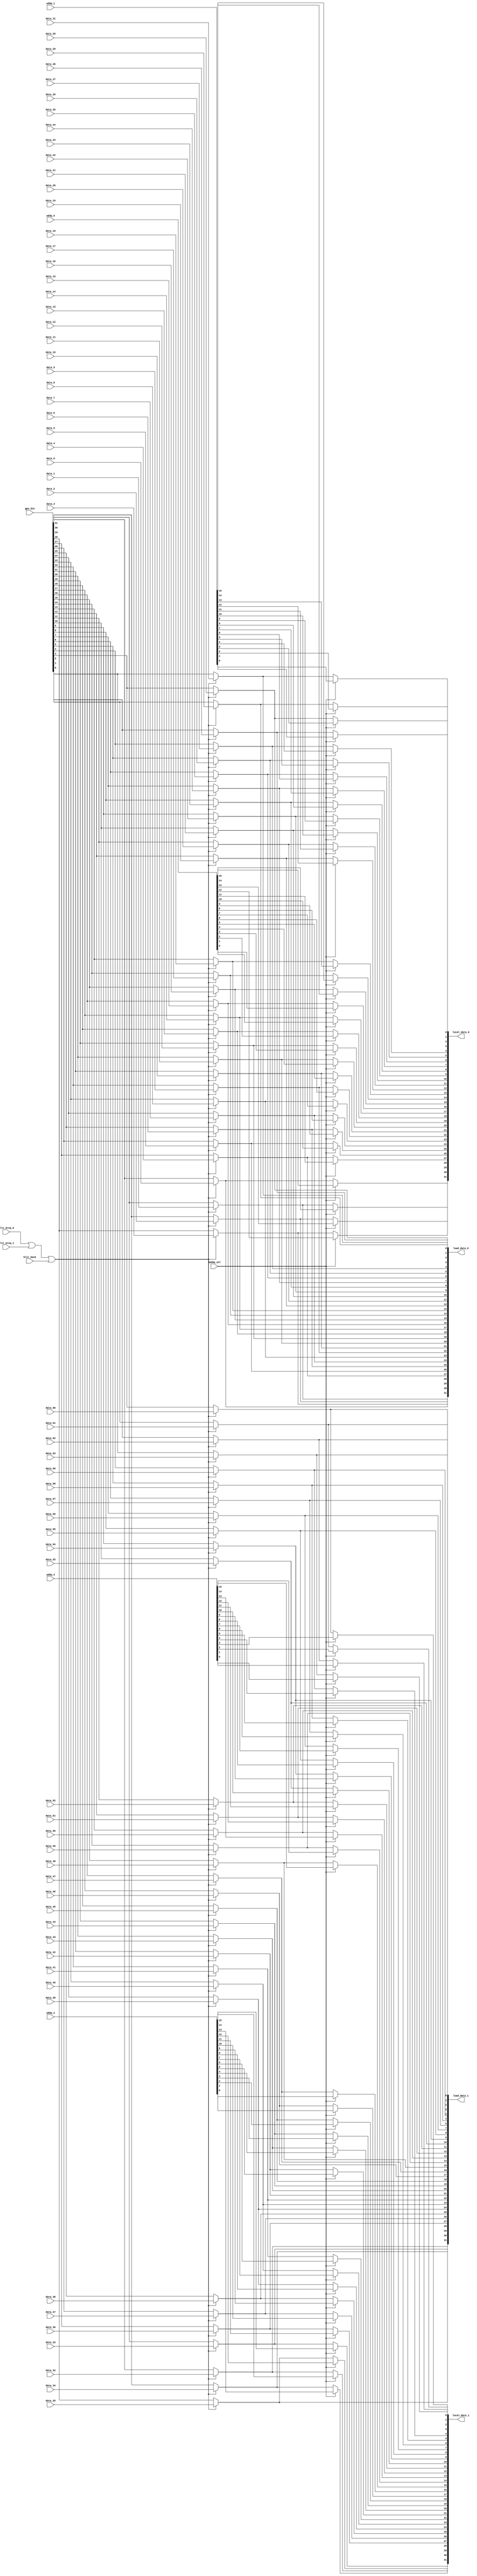
module local_mux
(
	output [0:31] local_data_0,
	output [0:31] local_data_1,
	output [0:31] load_data_0,
	output [0:31] load_data_1,
	input [0:15] addq_0,
	input [0:15] addq_1,
	input [0:15] addq_2,
	input [0:15] addq_3,
	input [0:31] gpu_din,
	input data_0,
	input data_1,
	input data_2,
	input data_3,
	input data_4,
	input data_5,
	input data_6,
	input data_7,
	input data_8,
	input data_9,
	input data_10,
	input data_11,
	input data_12,
	input data_13,
	input data_14,
	input data_15,
	input data_16,
	input data_17,
	input data_18,
	input data_19,
	input data_20,
	input data_21,
	input data_22,
	input data_23,
	input data_24,
	input data_25,
	input data_26,
	input data_27,
	input data_28,
	input data_29,
	input data_30,
	input data_31,
	input data_32,
	input data_33,
	input data_34,
	input data_35,
	input data_36,
	input data_37,
	input data_38,
	input data_39,
	input data_40,
	input data_41,
	input data_42,
	input data_43,
	input data_44,
	input data_45,
	input data_46,
	input data_47,
	input data_48,
	input data_49,
	input data_50,
	input data_51,
	input data_52,
	input data_53,
	input data_54,
	input data_55,
	input data_56,
	input data_57,
	input data_58,
	input data_59,
	input data_60,
	input data_61,
	input data_62,
	input data_63,
	input blit_back,
	input blit_breq_0,
	input blit_breq_1,
	input daddq_sel
);
wire [0:31] addqlo32;
wire [0:31] addqhi32;
wire [0:31] r_data_0;
wire [0:31] r_data_1;
wire blit_active;
wire blit_backb;
wire daddq_selb_0;
wire daddq_selb_1;

// Output buffers
wire load_data_0_b0_obuf;
wire load_data_0_b1_obuf;
wire load_data_0_b2_obuf;
wire load_data_0_b3_obuf;
wire load_data_0_b4_obuf;
wire load_data_0_b5_obuf;
wire load_data_0_b6_obuf;
wire load_data_0_b7_obuf;
wire load_data_0_b8_obuf;
wire load_data_0_b9_obuf;
wire load_data_0_b10_obuf;
wire load_data_0_b11_obuf;
wire load_data_0_b12_obuf;
wire load_data_0_b13_obuf;
wire load_data_0_b14_obuf;
wire load_data_0_b15_obuf;
wire load_data_0_b16_obuf;
wire load_data_0_b17_obuf;
wire load_data_0_b18_obuf;
wire load_data_0_b19_obuf;
wire load_data_0_b20_obuf;
wire load_data_0_b21_obuf;
wire load_data_0_b22_obuf;
wire load_data_0_b23_obuf;
wire load_data_0_b24_obuf;
wire load_data_0_b25_obuf;
wire load_data_0_b26_obuf;
wire load_data_0_b27_obuf;
wire load_data_0_b28_obuf;
wire load_data_0_b29_obuf;
wire load_data_0_b30_obuf;
wire load_data_0_b31_obuf;
wire load_data_1_b0_obuf;
wire load_data_1_b1_obuf;
wire load_data_1_b2_obuf;
wire load_data_1_b3_obuf;
wire load_data_1_b4_obuf;
wire load_data_1_b5_obuf;
wire load_data_1_b6_obuf;
wire load_data_1_b7_obuf;
wire load_data_1_b8_obuf;
wire load_data_1_b9_obuf;
wire load_data_1_b10_obuf;
wire load_data_1_b11_obuf;
wire load_data_1_b12_obuf;
wire load_data_1_b13_obuf;
wire load_data_1_b14_obuf;
wire load_data_1_b15_obuf;
wire load_data_1_b16_obuf;
wire load_data_1_b17_obuf;
wire load_data_1_b18_obuf;
wire load_data_1_b19_obuf;
wire load_data_1_b20_obuf;
wire load_data_1_b21_obuf;
wire load_data_1_b22_obuf;
wire load_data_1_b23_obuf;
wire load_data_1_b24_obuf;
wire load_data_1_b25_obuf;
wire load_data_1_b26_obuf;
wire load_data_1_b27_obuf;
wire load_data_1_b28_obuf;
wire load_data_1_b29_obuf;
wire load_data_1_b30_obuf;
wire load_data_1_b31_obuf;


// Output buffers
assign load_data_0[0] = load_data_0_b0_obuf;
assign load_data_0[1] = load_data_0_b1_obuf;
assign load_data_0[2] = load_data_0_b2_obuf;
assign load_data_0[3] = load_data_0_b3_obuf;
assign load_data_0[4] = load_data_0_b4_obuf;
assign load_data_0[5] = load_data_0_b5_obuf;
assign load_data_0[6] = load_data_0_b6_obuf;
assign load_data_0[7] = load_data_0_b7_obuf;
assign load_data_0[8] = load_data_0_b8_obuf;
assign load_data_0[9] = load_data_0_b9_obuf;
assign load_data_0[10] = load_data_0_b10_obuf;
assign load_data_0[11] = load_data_0_b11_obuf;
assign load_data_0[12] = load_data_0_b12_obuf;
assign load_data_0[13] = load_data_0_b13_obuf;
assign load_data_0[14] = load_data_0_b14_obuf;
assign load_data_0[15] = load_data_0_b15_obuf;
assign load_data_0[16] = load_data_0_b16_obuf;
assign load_data_0[17] = load_data_0_b17_obuf;
assign load_data_0[18] = load_data_0_b18_obuf;
assign load_data_0[19] = load_data_0_b19_obuf;
assign load_data_0[20] = load_data_0_b20_obuf;
assign load_data_0[21] = load_data_0_b21_obuf;
assign load_data_0[22] = load_data_0_b22_obuf;
assign load_data_0[23] = load_data_0_b23_obuf;
assign load_data_0[24] = load_data_0_b24_obuf;
assign load_data_0[25] = load_data_0_b25_obuf;
assign load_data_0[26] = load_data_0_b26_obuf;
assign load_data_0[27] = load_data_0_b27_obuf;
assign load_data_0[28] = load_data_0_b28_obuf;
assign load_data_0[29] = load_data_0_b29_obuf;
assign load_data_0[30] = load_data_0_b30_obuf;
assign load_data_0[31] = load_data_0_b31_obuf;
assign load_data_1[0] = load_data_1_b0_obuf;
assign load_data_1[1] = load_data_1_b1_obuf;
assign load_data_1[2] = load_data_1_b2_obuf;
assign load_data_1[3] = load_data_1_b3_obuf;
assign load_data_1[4] = load_data_1_b4_obuf;
assign load_data_1[5] = load_data_1_b5_obuf;
assign load_data_1[6] = load_data_1_b6_obuf;
assign load_data_1[7] = load_data_1_b7_obuf;
assign load_data_1[8] = load_data_1_b8_obuf;
assign load_data_1[9] = load_data_1_b9_obuf;
assign load_data_1[10] = load_data_1_b10_obuf;
assign load_data_1[11] = load_data_1_b11_obuf;
assign load_data_1[12] = load_data_1_b12_obuf;
assign load_data_1[13] = load_data_1_b13_obuf;
assign load_data_1[14] = load_data_1_b14_obuf;
assign load_data_1[15] = load_data_1_b15_obuf;
assign load_data_1[16] = load_data_1_b16_obuf;
assign load_data_1[17] = load_data_1_b17_obuf;
assign load_data_1[18] = load_data_1_b18_obuf;
assign load_data_1[19] = load_data_1_b19_obuf;
assign load_data_1[20] = load_data_1_b20_obuf;
assign load_data_1[21] = load_data_1_b21_obuf;
assign load_data_1[22] = load_data_1_b22_obuf;
assign load_data_1[23] = load_data_1_b23_obuf;
assign load_data_1[24] = load_data_1_b24_obuf;
assign load_data_1[25] = load_data_1_b25_obuf;
assign load_data_1[26] = load_data_1_b26_obuf;
assign load_data_1[27] = load_data_1_b27_obuf;
assign load_data_1[28] = load_data_1_b28_obuf;
assign load_data_1[29] = load_data_1_b29_obuf;
assign load_data_1[30] = load_data_1_b30_obuf;
assign load_data_1[31] = load_data_1_b31_obuf;


// DATAMUX.NET (123) - blit_active : or3p
assign blit_active = blit_breq_0 | blit_breq_1 | blit_back;

// DATAMUX.NET (124) - blit_backb : nivu2
assign blit_backb = blit_active;

// DATAMUX.NET (126) - r_data[0] : join
assign r_data_0[0] = data_0;
assign r_data_0[1] = data_1;
assign r_data_0[2] = data_2;
assign r_data_0[3] = data_3;
assign r_data_0[4] = data_4;
assign r_data_0[5] = data_5;
assign r_data_0[6] = data_6;
assign r_data_0[7] = data_7;
assign r_data_0[8] = data_8;
assign r_data_0[9] = data_9;
assign r_data_0[10] = data_10;
assign r_data_0[11] = data_11;
assign r_data_0[12] = data_12;
assign r_data_0[13] = data_13;
assign r_data_0[14] = data_14;
assign r_data_0[15] = data_15;
assign r_data_0[16] = data_16;
assign r_data_0[17] = data_17;
assign r_data_0[18] = data_18;
assign r_data_0[19] = data_19;
assign r_data_0[20] = data_20;
assign r_data_0[21] = data_21;
assign r_data_0[22] = data_22;
assign r_data_0[23] = data_23;
assign r_data_0[24] = data_24;
assign r_data_0[25] = data_25;
assign r_data_0[26] = data_26;
assign r_data_0[27] = data_27;
assign r_data_0[28] = data_28;
assign r_data_0[29] = data_29;
assign r_data_0[30] = data_30;
assign r_data_0[31] = data_31;

// DATAMUX.NET (127) - r_data[1] : join
assign r_data_1[0] = data_32;
assign r_data_1[1] = data_33;
assign r_data_1[2] = data_34;
assign r_data_1[3] = data_35;
assign r_data_1[4] = data_36;
assign r_data_1[5] = data_37;
assign r_data_1[6] = data_38;
assign r_data_1[7] = data_39;
assign r_data_1[8] = data_40;
assign r_data_1[9] = data_41;
assign r_data_1[10] = data_42;
assign r_data_1[11] = data_43;
assign r_data_1[12] = data_44;
assign r_data_1[13] = data_45;
assign r_data_1[14] = data_46;
assign r_data_1[15] = data_47;
assign r_data_1[16] = data_48;
assign r_data_1[17] = data_49;
assign r_data_1[18] = data_50;
assign r_data_1[19] = data_51;
assign r_data_1[20] = data_52;
assign r_data_1[21] = data_53;
assign r_data_1[22] = data_54;
assign r_data_1[23] = data_55;
assign r_data_1[24] = data_56;
assign r_data_1[25] = data_57;
assign r_data_1[26] = data_58;
assign r_data_1[27] = data_59;
assign r_data_1[28] = data_60;
assign r_data_1[29] = data_61;
assign r_data_1[30] = data_62;
assign r_data_1[31] = data_63;

// DATAMUX.NET (129) - addqlo32 : join
assign addqlo32[0] = addq_0[0];
assign addqlo32[1] = addq_0[1];
assign addqlo32[2] = addq_0[2];
assign addqlo32[3] = addq_0[3];
assign addqlo32[4] = addq_0[4];
assign addqlo32[5] = addq_0[5];
assign addqlo32[6] = addq_0[6];
assign addqlo32[7] = addq_0[7];
assign addqlo32[8] = addq_0[8];
assign addqlo32[9] = addq_0[9];
assign addqlo32[10] = addq_0[10];
assign addqlo32[11] = addq_0[11];
assign addqlo32[12] = addq_0[12];
assign addqlo32[13] = addq_0[13];
assign addqlo32[14] = addq_0[14];
assign addqlo32[15] = addq_0[15];
assign addqlo32[16] = addq_1[0];
assign addqlo32[17] = addq_1[1];
assign addqlo32[18] = addq_1[2];
assign addqlo32[19] = addq_1[3];
assign addqlo32[20] = addq_1[4];
assign addqlo32[21] = addq_1[5];
assign addqlo32[22] = addq_1[6];
assign addqlo32[23] = addq_1[7];
assign addqlo32[24] = addq_1[8];
assign addqlo32[25] = addq_1[9];
assign addqlo32[26] = addq_1[10];
assign addqlo32[27] = addq_1[11];
assign addqlo32[28] = addq_1[12];
assign addqlo32[29] = addq_1[13];
assign addqlo32[30] = addq_1[14];
assign addqlo32[31] = addq_1[15];

// DATAMUX.NET (130) - addqhi32 : join
assign addqhi32[0] = addq_2[0];
assign addqhi32[1] = addq_2[1];
assign addqhi32[2] = addq_2[2];
assign addqhi32[3] = addq_2[3];
assign addqhi32[4] = addq_2[4];
assign addqhi32[5] = addq_2[5];
assign addqhi32[6] = addq_2[6];
assign addqhi32[7] = addq_2[7];
assign addqhi32[8] = addq_2[8];
assign addqhi32[9] = addq_2[9];
assign addqhi32[10] = addq_2[10];
assign addqhi32[11] = addq_2[11];
assign addqhi32[12] = addq_2[12];
assign addqhi32[13] = addq_2[13];
assign addqhi32[14] = addq_2[14];
assign addqhi32[15] = addq_2[15];
assign addqhi32[16] = addq_3[0];
assign addqhi32[17] = addq_3[1];
assign addqhi32[18] = addq_3[2];
assign addqhi32[19] = addq_3[3];
assign addqhi32[20] = addq_3[4];
assign addqhi32[21] = addq_3[5];
assign addqhi32[22] = addq_3[6];
assign addqhi32[23] = addq_3[7];
assign addqhi32[24] = addq_3[8];
assign addqhi32[25] = addq_3[9];
assign addqhi32[26] = addq_3[10];
assign addqhi32[27] = addq_3[11];
assign addqhi32[28] = addq_3[12];
assign addqhi32[29] = addq_3[13];
assign addqhi32[30] = addq_3[14];
assign addqhi32[31] = addq_3[15];

// DATAMUX.NET (132) - load_data[0] : mx2
assign load_data_0_b0_obuf = (blit_backb) ? r_data_0[0] : gpu_din[0];
assign load_data_0_b1_obuf = (blit_backb) ? r_data_0[1] : gpu_din[1];
assign load_data_0_b2_obuf = (blit_backb) ? r_data_0[2] : gpu_din[2];
assign load_data_0_b3_obuf = (blit_backb) ? r_data_0[3] : gpu_din[3];
assign load_data_0_b4_obuf = (blit_backb) ? r_data_0[4] : gpu_din[4];
assign load_data_0_b5_obuf = (blit_backb) ? r_data_0[5] : gpu_din[5];
assign load_data_0_b6_obuf = (blit_backb) ? r_data_0[6] : gpu_din[6];
assign load_data_0_b7_obuf = (blit_backb) ? r_data_0[7] : gpu_din[7];
assign load_data_0_b8_obuf = (blit_backb) ? r_data_0[8] : gpu_din[8];
assign load_data_0_b9_obuf = (blit_backb) ? r_data_0[9] : gpu_din[9];
assign load_data_0_b10_obuf = (blit_backb) ? r_data_0[10] : gpu_din[10];
assign load_data_0_b11_obuf = (blit_backb) ? r_data_0[11] : gpu_din[11];
assign load_data_0_b12_obuf = (blit_backb) ? r_data_0[12] : gpu_din[12];
assign load_data_0_b13_obuf = (blit_backb) ? r_data_0[13] : gpu_din[13];
assign load_data_0_b14_obuf = (blit_backb) ? r_data_0[14] : gpu_din[14];
assign load_data_0_b15_obuf = (blit_backb) ? r_data_0[15] : gpu_din[15];
assign load_data_0_b16_obuf = (blit_backb) ? r_data_0[16] : gpu_din[16];
assign load_data_0_b17_obuf = (blit_backb) ? r_data_0[17] : gpu_din[17];
assign load_data_0_b18_obuf = (blit_backb) ? r_data_0[18] : gpu_din[18];
assign load_data_0_b19_obuf = (blit_backb) ? r_data_0[19] : gpu_din[19];
assign load_data_0_b20_obuf = (blit_backb) ? r_data_0[20] : gpu_din[20];
assign load_data_0_b21_obuf = (blit_backb) ? r_data_0[21] : gpu_din[21];
assign load_data_0_b22_obuf = (blit_backb) ? r_data_0[22] : gpu_din[22];
assign load_data_0_b23_obuf = (blit_backb) ? r_data_0[23] : gpu_din[23];
assign load_data_0_b24_obuf = (blit_backb) ? r_data_0[24] : gpu_din[24];
assign load_data_0_b25_obuf = (blit_backb) ? r_data_0[25] : gpu_din[25];
assign load_data_0_b26_obuf = (blit_backb) ? r_data_0[26] : gpu_din[26];
assign load_data_0_b27_obuf = (blit_backb) ? r_data_0[27] : gpu_din[27];
assign load_data_0_b28_obuf = (blit_backb) ? r_data_0[28] : gpu_din[28];
assign load_data_0_b29_obuf = (blit_backb) ? r_data_0[29] : gpu_din[29];
assign load_data_0_b30_obuf = (blit_backb) ? r_data_0[30] : gpu_din[30];
assign load_data_0_b31_obuf = (blit_backb) ? r_data_0[31] : gpu_din[31];

// DATAMUX.NET (134) - load_data[1] : mx2
assign load_data_1_b0_obuf = (blit_backb) ? r_data_1[0] : gpu_din[0];
assign load_data_1_b1_obuf = (blit_backb) ? r_data_1[1] : gpu_din[1];
assign load_data_1_b2_obuf = (blit_backb) ? r_data_1[2] : gpu_din[2];
assign load_data_1_b3_obuf = (blit_backb) ? r_data_1[3] : gpu_din[3];
assign load_data_1_b4_obuf = (blit_backb) ? r_data_1[4] : gpu_din[4];
assign load_data_1_b5_obuf = (blit_backb) ? r_data_1[5] : gpu_din[5];
assign load_data_1_b6_obuf = (blit_backb) ? r_data_1[6] : gpu_din[6];
assign load_data_1_b7_obuf = (blit_backb) ? r_data_1[7] : gpu_din[7];
assign load_data_1_b8_obuf = (blit_backb) ? r_data_1[8] : gpu_din[8];
assign load_data_1_b9_obuf = (blit_backb) ? r_data_1[9] : gpu_din[9];
assign load_data_1_b10_obuf = (blit_backb) ? r_data_1[10] : gpu_din[10];
assign load_data_1_b11_obuf = (blit_backb) ? r_data_1[11] : gpu_din[11];
assign load_data_1_b12_obuf = (blit_backb) ? r_data_1[12] : gpu_din[12];
assign load_data_1_b13_obuf = (blit_backb) ? r_data_1[13] : gpu_din[13];
assign load_data_1_b14_obuf = (blit_backb) ? r_data_1[14] : gpu_din[14];
assign load_data_1_b15_obuf = (blit_backb) ? r_data_1[15] : gpu_din[15];
assign load_data_1_b16_obuf = (blit_backb) ? r_data_1[16] : gpu_din[16];
assign load_data_1_b17_obuf = (blit_backb) ? r_data_1[17] : gpu_din[17];
assign load_data_1_b18_obuf = (blit_backb) ? r_data_1[18] : gpu_din[18];
assign load_data_1_b19_obuf = (blit_backb) ? r_data_1[19] : gpu_din[19];
assign load_data_1_b20_obuf = (blit_backb) ? r_data_1[20] : gpu_din[20];
assign load_data_1_b21_obuf = (blit_backb) ? r_data_1[21] : gpu_din[21];
assign load_data_1_b22_obuf = (blit_backb) ? r_data_1[22] : gpu_din[22];
assign load_data_1_b23_obuf = (blit_backb) ? r_data_1[23] : gpu_din[23];
assign load_data_1_b24_obuf = (blit_backb) ? r_data_1[24] : gpu_din[24];
assign load_data_1_b25_obuf = (blit_backb) ? r_data_1[25] : gpu_din[25];
assign load_data_1_b26_obuf = (blit_backb) ? r_data_1[26] : gpu_din[26];
assign load_data_1_b27_obuf = (blit_backb) ? r_data_1[27] : gpu_din[27];
assign load_data_1_b28_obuf = (blit_backb) ? r_data_1[28] : gpu_din[28];
assign load_data_1_b29_obuf = (blit_backb) ? r_data_1[29] : gpu_din[29];
assign load_data_1_b30_obuf = (blit_backb) ? r_data_1[30] : gpu_din[30];
assign load_data_1_b31_obuf = (blit_backb) ? r_data_1[31] : gpu_din[31];

// DATAMUX.NET (136) - daddq_selb[0-1] : nivu
assign daddq_selb_0 = daddq_sel;
assign daddq_selb_1 = daddq_sel;

// DATAMUX.NET (137) - local_data[0] : mx2p
assign local_data_0[0] = (daddq_selb_0) ? addqlo32[0] : load_data_0_b0_obuf;
assign local_data_0[1] = (daddq_selb_0) ? addqlo32[1] : load_data_0_b1_obuf;
assign local_data_0[2] = (daddq_selb_0) ? addqlo32[2] : load_data_0_b2_obuf;
assign local_data_0[3] = (daddq_selb_0) ? addqlo32[3] : load_data_0_b3_obuf;
assign local_data_0[4] = (daddq_selb_0) ? addqlo32[4] : load_data_0_b4_obuf;
assign local_data_0[5] = (daddq_selb_0) ? addqlo32[5] : load_data_0_b5_obuf;
assign local_data_0[6] = (daddq_selb_0) ? addqlo32[6] : load_data_0_b6_obuf;
assign local_data_0[7] = (daddq_selb_0) ? addqlo32[7] : load_data_0_b7_obuf;
assign local_data_0[8] = (daddq_selb_0) ? addqlo32[8] : load_data_0_b8_obuf;
assign local_data_0[9] = (daddq_selb_0) ? addqlo32[9] : load_data_0_b9_obuf;
assign local_data_0[10] = (daddq_selb_0) ? addqlo32[10] : load_data_0_b10_obuf;
assign local_data_0[11] = (daddq_selb_0) ? addqlo32[11] : load_data_0_b11_obuf;
assign local_data_0[12] = (daddq_selb_0) ? addqlo32[12] : load_data_0_b12_obuf;
assign local_data_0[13] = (daddq_selb_0) ? addqlo32[13] : load_data_0_b13_obuf;
assign local_data_0[14] = (daddq_selb_0) ? addqlo32[14] : load_data_0_b14_obuf;
assign local_data_0[15] = (daddq_selb_0) ? addqlo32[15] : load_data_0_b15_obuf;
assign local_data_0[16] = (daddq_selb_0) ? addqlo32[16] : load_data_0_b16_obuf;
assign local_data_0[17] = (daddq_selb_0) ? addqlo32[17] : load_data_0_b17_obuf;
assign local_data_0[18] = (daddq_selb_0) ? addqlo32[18] : load_data_0_b18_obuf;
assign local_data_0[19] = (daddq_selb_0) ? addqlo32[19] : load_data_0_b19_obuf;
assign local_data_0[20] = (daddq_selb_0) ? addqlo32[20] : load_data_0_b20_obuf;
assign local_data_0[21] = (daddq_selb_0) ? addqlo32[21] : load_data_0_b21_obuf;
assign local_data_0[22] = (daddq_selb_0) ? addqlo32[22] : load_data_0_b22_obuf;
assign local_data_0[23] = (daddq_selb_0) ? addqlo32[23] : load_data_0_b23_obuf;
assign local_data_0[24] = (daddq_selb_0) ? addqlo32[24] : load_data_0_b24_obuf;
assign local_data_0[25] = (daddq_selb_0) ? addqlo32[25] : load_data_0_b25_obuf;
assign local_data_0[26] = (daddq_selb_0) ? addqlo32[26] : load_data_0_b26_obuf;
assign local_data_0[27] = (daddq_selb_0) ? addqlo32[27] : load_data_0_b27_obuf;
assign local_data_0[28] = (daddq_selb_0) ? addqlo32[28] : load_data_0_b28_obuf;
assign local_data_0[29] = (daddq_selb_0) ? addqlo32[29] : load_data_0_b29_obuf;
assign local_data_0[30] = (daddq_selb_0) ? addqlo32[30] : load_data_0_b30_obuf;
assign local_data_0[31] = (daddq_selb_0) ? addqlo32[31] : load_data_0_b31_obuf;

// DATAMUX.NET (139) - local_data[1] : mx2p
assign local_data_1[0] = (daddq_selb_1) ? addqhi32[0] : load_data_1_b0_obuf;
assign local_data_1[1] = (daddq_selb_1) ? addqhi32[1] : load_data_1_b1_obuf;
assign local_data_1[2] = (daddq_selb_1) ? addqhi32[2] : load_data_1_b2_obuf;
assign local_data_1[3] = (daddq_selb_1) ? addqhi32[3] : load_data_1_b3_obuf;
assign local_data_1[4] = (daddq_selb_1) ? addqhi32[4] : load_data_1_b4_obuf;
assign local_data_1[5] = (daddq_selb_1) ? addqhi32[5] : load_data_1_b5_obuf;
assign local_data_1[6] = (daddq_selb_1) ? addqhi32[6] : load_data_1_b6_obuf;
assign local_data_1[7] = (daddq_selb_1) ? addqhi32[7] : load_data_1_b7_obuf;
assign local_data_1[8] = (daddq_selb_1) ? addqhi32[8] : load_data_1_b8_obuf;
assign local_data_1[9] = (daddq_selb_1) ? addqhi32[9] : load_data_1_b9_obuf;
assign local_data_1[10] = (daddq_selb_1) ? addqhi32[10] : load_data_1_b10_obuf;
assign local_data_1[11] = (daddq_selb_1) ? addqhi32[11] : load_data_1_b11_obuf;
assign local_data_1[12] = (daddq_selb_1) ? addqhi32[12] : load_data_1_b12_obuf;
assign local_data_1[13] = (daddq_selb_1) ? addqhi32[13] : load_data_1_b13_obuf;
assign local_data_1[14] = (daddq_selb_1) ? addqhi32[14] : load_data_1_b14_obuf;
assign local_data_1[15] = (daddq_selb_1) ? addqhi32[15] : load_data_1_b15_obuf;
assign local_data_1[16] = (daddq_selb_1) ? addqhi32[16] : load_data_1_b16_obuf;
assign local_data_1[17] = (daddq_selb_1) ? addqhi32[17] : load_data_1_b17_obuf;
assign local_data_1[18] = (daddq_selb_1) ? addqhi32[18] : load_data_1_b18_obuf;
assign local_data_1[19] = (daddq_selb_1) ? addqhi32[19] : load_data_1_b19_obuf;
assign local_data_1[20] = (daddq_selb_1) ? addqhi32[20] : load_data_1_b20_obuf;
assign local_data_1[21] = (daddq_selb_1) ? addqhi32[21] : load_data_1_b21_obuf;
assign local_data_1[22] = (daddq_selb_1) ? addqhi32[22] : load_data_1_b22_obuf;
assign local_data_1[23] = (daddq_selb_1) ? addqhi32[23] : load_data_1_b23_obuf;
assign local_data_1[24] = (daddq_selb_1) ? addqhi32[24] : load_data_1_b24_obuf;
assign local_data_1[25] = (daddq_selb_1) ? addqhi32[25] : load_data_1_b25_obuf;
assign local_data_1[26] = (daddq_selb_1) ? addqhi32[26] : load_data_1_b26_obuf;
assign local_data_1[27] = (daddq_selb_1) ? addqhi32[27] : load_data_1_b27_obuf;
assign local_data_1[28] = (daddq_selb_1) ? addqhi32[28] : load_data_1_b28_obuf;
assign local_data_1[29] = (daddq_selb_1) ? addqhi32[29] : load_data_1_b29_obuf;
assign local_data_1[30] = (daddq_selb_1) ? addqhi32[30] : load_data_1_b30_obuf;
assign local_data_1[31] = (daddq_selb_1) ? addqhi32[31] : load_data_1_b31_obuf;
endmodule